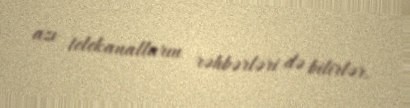
azı telekanalların rəhbərləri də bilirlər.